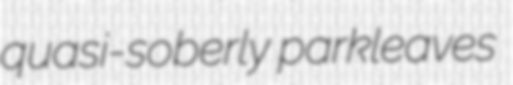
quasi-soberly parkleaves